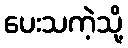
ပေးသကဲ့သို့